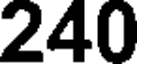
240